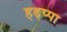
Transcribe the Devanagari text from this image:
हड्प्पा